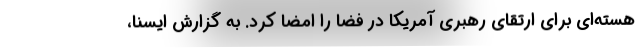
هسته‌ای برای ارتقای رهبری آمریکا در فضا را امضا کرد. به گزارش ایسنا،